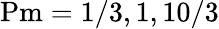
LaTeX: \mathrm{Pm}=1/3,1,10/3